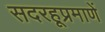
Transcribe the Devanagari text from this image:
सदरहूप्रमाणें